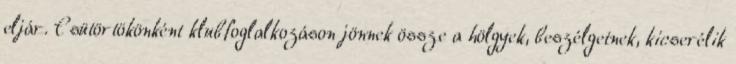
eljár. Csütörtökönként klubfoglalkozáson jönnek össze a hölgyek, beszélgetnek, kicserélik